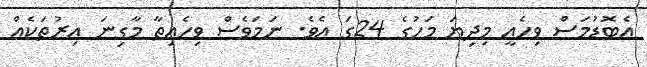
އެބޮޑުމަސް ވިހެއީ މިދިޔަ މަހުގެ 24ގަ އެވެ. ނަމަވެސް ވިހެއިތާ މާގިނަ އިރުތަކެއް